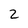
Character: 2